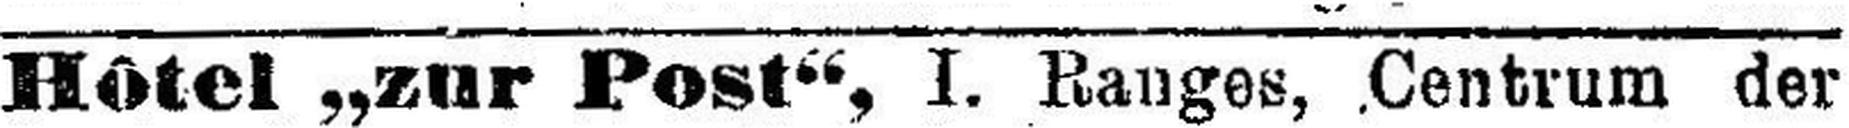
Hôtel „zur Post“, I. Ranges, Centrum der